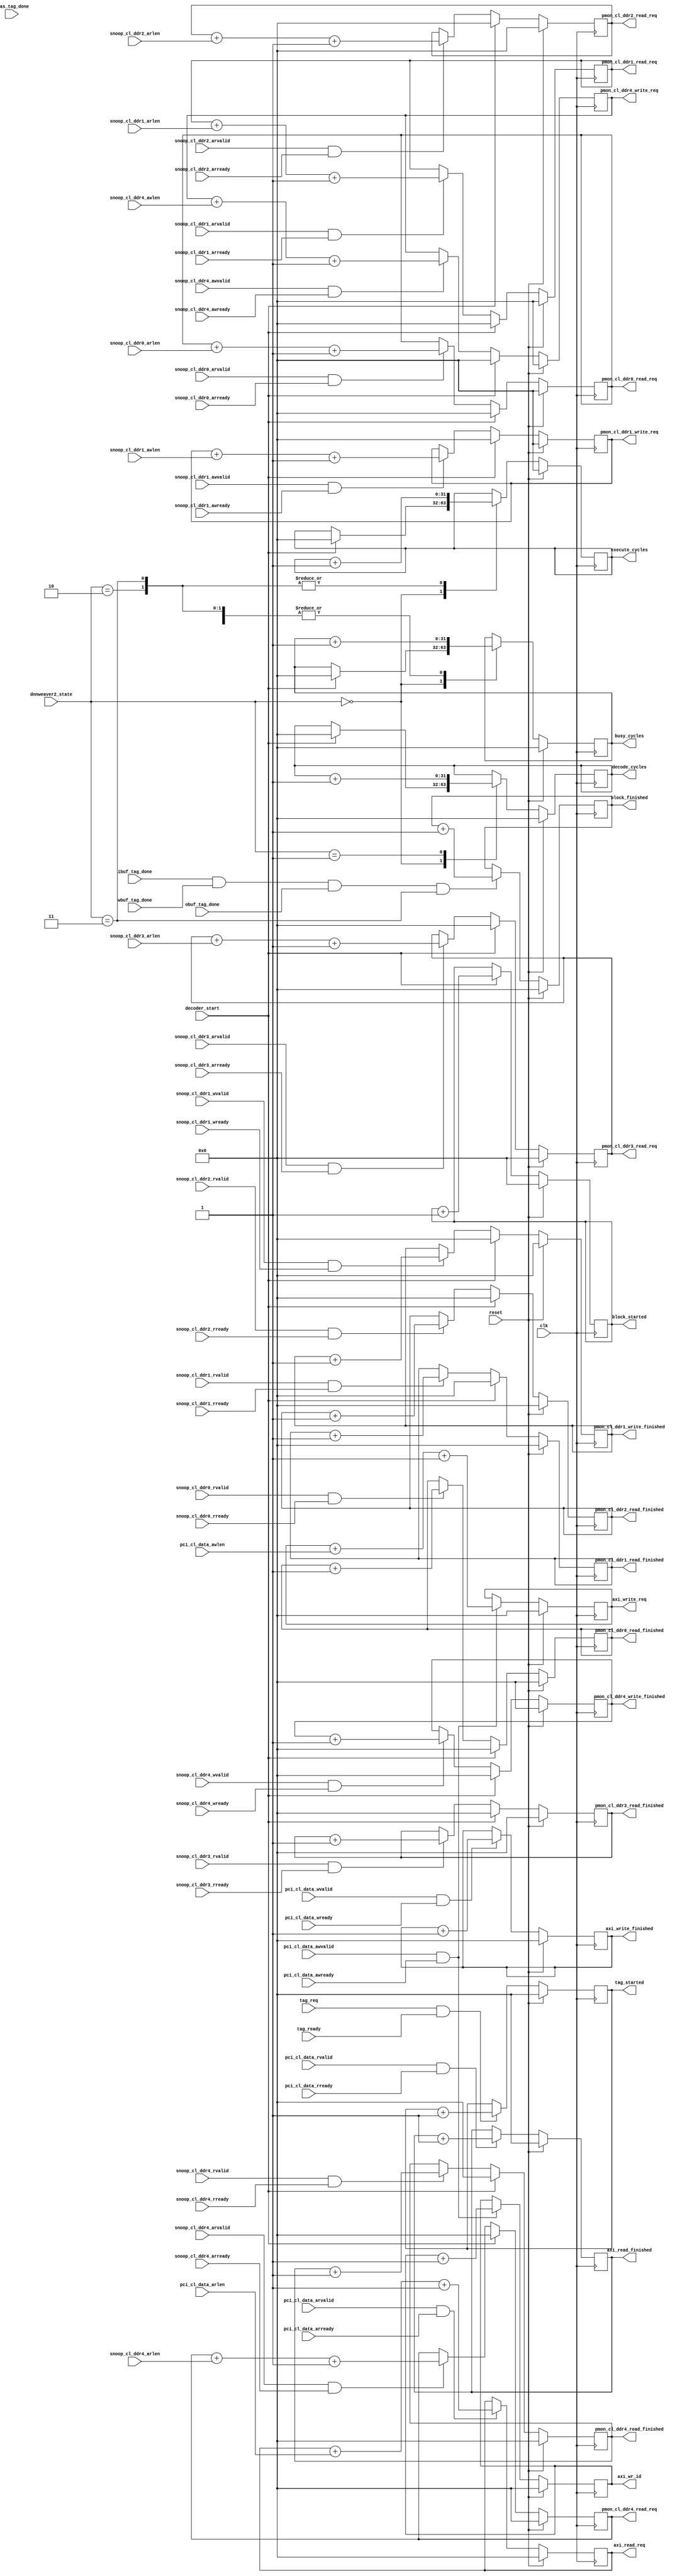
//
// DnnWeaver2 performance monitor
//
// Hardik Sharma
// (hsharma@gatech.edu)

`timescale 1ns/1ps
module performance_monitor #(
    parameter integer  STATS_WIDTH                  = 32,
    parameter integer  INST_BURST_WIDTH             = 8,
    parameter integer  AXI_BURST_WIDTH              = 8
) (
    input  wire                                         clk,
    input  wire                                         reset,
    input  wire  [ 3                    -1 : 0 ]        dnnweaver2_state,

    input  wire                                         tag_req,
    input  wire                                         tag_ready,

    input  wire                                         ibuf_tag_done,
    input  wire                                         wbuf_tag_done,
    input  wire                                         obuf_tag_done,
    input  wire                                         bias_tag_done,

    input  wire                                         decoder_start,

    input  wire                                         pci_cl_data_awvalid,
    input  wire  [ INST_BURST_WIDTH     -1 : 0 ]        pci_cl_data_awlen,
    input  wire                                         pci_cl_data_awready,
    input  wire                                         pci_cl_data_arvalid,
    input  wire  [ INST_BURST_WIDTH     -1 : 0 ]        pci_cl_data_arlen,
    input  wire                                         pci_cl_data_arready,
    input  wire                                         pci_cl_data_wvalid,
    input  wire                                         pci_cl_data_wready,
    input  wire                                         pci_cl_data_rvalid,
    input  wire                                         pci_cl_data_rready,

    output wire  [ STATS_WIDTH          -1 : 0 ]        decode_cycles,
    output wire  [ STATS_WIDTH          -1 : 0 ]        execute_cycles,
    output wire  [ STATS_WIDTH          -1 : 0 ]        busy_cycles,

    output wire  [ STATS_WIDTH          -1 : 0 ]        tag_started,
    output wire  [ STATS_WIDTH          -1 : 0 ]        block_started,
    output wire  [ STATS_WIDTH          -1 : 0 ]        block_finished,

    output wire  [ STATS_WIDTH          -1 : 0 ]        axi_wr_id,
    output wire  [ STATS_WIDTH          -1 : 0 ]        axi_write_req,
    output wire  [ STATS_WIDTH          -1 : 0 ]        axi_write_finished,
    output wire  [ STATS_WIDTH          -1 : 0 ]        axi_read_req,
    output wire  [ STATS_WIDTH          -1 : 0 ]        axi_read_finished,

  // Snoop CL DDR0
    // AR channel
    input  wire                                         snoop_cl_ddr0_arvalid,
    input  wire                                         snoop_cl_ddr0_arready,
    input  wire  [ AXI_BURST_WIDTH      -1 : 0 ]        snoop_cl_ddr0_arlen,
    // R channel
    input  wire                                         snoop_cl_ddr0_rvalid,
    input  wire                                         snoop_cl_ddr0_rready,

  // Snoop CL DDR1
    // AW channel
    input  wire                                         snoop_cl_ddr1_awvalid,
    input  wire                                         snoop_cl_ddr1_awready,
    input  wire  [ AXI_BURST_WIDTH      -1 : 0 ]        snoop_cl_ddr1_awlen,
    // AR channel
    input  wire                                         snoop_cl_ddr1_arvalid,
    input  wire                                         snoop_cl_ddr1_arready,
    input  wire  [ AXI_BURST_WIDTH      -1 : 0 ]        snoop_cl_ddr1_arlen,
    // W channel
    input  wire                                         snoop_cl_ddr1_wvalid,
    input  wire                                         snoop_cl_ddr1_wready,
    // R channel
    input  wire                                         snoop_cl_ddr1_rvalid,
    input  wire                                         snoop_cl_ddr1_rready,

  // Snoop CL DDR2
    // AR channel
    input  wire                                         snoop_cl_ddr2_arvalid,
    input  wire                                         snoop_cl_ddr2_arready,
    input  wire  [ AXI_BURST_WIDTH      -1 : 0 ]        snoop_cl_ddr2_arlen,
    // R channel
    input  wire                                         snoop_cl_ddr2_rvalid,
    input  wire                                         snoop_cl_ddr2_rready,

  // Snoop CL DDR3
    // AR channel
    input  wire                                         snoop_cl_ddr3_arvalid,
    input  wire                                         snoop_cl_ddr3_arready,
    input  wire  [ AXI_BURST_WIDTH      -1 : 0 ]        snoop_cl_ddr3_arlen,
    // R channel
    input  wire                                         snoop_cl_ddr3_rvalid,
    input  wire                                         snoop_cl_ddr3_rready,

  // CL DDR Stats
    // CL DDR0 - IBUF
    output wire  [ STATS_WIDTH          -1 : 0 ]        pmon_cl_ddr0_read_req,
    output wire  [ STATS_WIDTH          -1 : 0 ]        pmon_cl_ddr0_read_finished,
    // CL DDR1 - OBUF
    output wire  [ STATS_WIDTH          -1 : 0 ]        pmon_cl_ddr1_write_req,
    output wire  [ STATS_WIDTH          -1 : 0 ]        pmon_cl_ddr1_write_finished,
    output wire  [ STATS_WIDTH          -1 : 0 ]        pmon_cl_ddr1_read_req,
    output wire  [ STATS_WIDTH          -1 : 0 ]        pmon_cl_ddr1_read_finished,
    // CL DDR1 - WBUF
    output wire  [ STATS_WIDTH          -1 : 0 ]        pmon_cl_ddr2_read_req,
    output wire  [ STATS_WIDTH          -1 : 0 ]        pmon_cl_ddr2_read_finished,
    // CL DDR1 - BIAS
    output wire  [ STATS_WIDTH          -1 : 0 ]        pmon_cl_ddr3_read_req,
    output wire  [ STATS_WIDTH          -1 : 0 ]        pmon_cl_ddr3_read_finished,
    // CL DDR1 - OBUF
    output wire  [ STATS_WIDTH          -1 : 0 ]        pmon_cl_ddr4_write_req,
    output wire  [ STATS_WIDTH          -1 : 0 ]        pmon_cl_ddr4_write_finished,
    output wire  [ STATS_WIDTH          -1 : 0 ]        pmon_cl_ddr4_read_req,
    output wire  [ STATS_WIDTH          -1 : 0 ]        pmon_cl_ddr4_read_finished,

  // Snoop CL DDR4
    // AW channel
    input  wire                                         snoop_cl_ddr4_awvalid,
    input  wire                                         snoop_cl_ddr4_awready,
    input  wire  [ AXI_BURST_WIDTH      -1 : 0 ]        snoop_cl_ddr4_awlen,
    // AR channel
    input  wire                                         snoop_cl_ddr4_arvalid,
    input  wire                                         snoop_cl_ddr4_arready,
    input  wire  [ AXI_BURST_WIDTH      -1 : 0 ]        snoop_cl_ddr4_arlen,
    // W channel
    input  wire                                         snoop_cl_ddr4_wvalid,
    input  wire                                         snoop_cl_ddr4_wready,
    // R channel
    input  wire                                         snoop_cl_ddr4_rvalid,
    input  wire                                         snoop_cl_ddr4_rready

  );

//=============================================================
// Localparam
//=============================================================
  // dnnweaver2 controller state
    localparam integer  IDLE                         = 0;
    localparam integer  DECODE                       = 1;
    localparam integer  BASE_LOOP                    = 2;
    localparam integer  MEM_WAIT                     = 3;
//=============================================================

//=============================================================
// Wires/Regs
//=============================================================
    reg  [ STATS_WIDTH          -1 : 0 ]        decode_cycles_d;
    reg  [ STATS_WIDTH          -1 : 0 ]        decode_cycles_q;
    reg  [ STATS_WIDTH          -1 : 0 ]        execute_cycles_d;
    reg  [ STATS_WIDTH          -1 : 0 ]        execute_cycles_q;
    reg  [ STATS_WIDTH          -1 : 0 ]        busy_cycles_d;
    reg  [ STATS_WIDTH          -1 : 0 ]        busy_cycles_q;

    reg  [ STATS_WIDTH          -1 : 0 ]        _tag_started;
    reg  [ STATS_WIDTH          -1 : 0 ]        _block_started;
    reg  [ STATS_WIDTH          -1 : 0 ]        _block_finished;

    reg  [ STATS_WIDTH          -1 : 0 ]        _axi_wr_id;
    reg  [ STATS_WIDTH          -1 : 0 ]        _axi_write_req;
    reg  [ STATS_WIDTH          -1 : 0 ]        _axi_write_finished;
    reg  [ STATS_WIDTH          -1 : 0 ]        _axi_read_req;
    reg  [ STATS_WIDTH          -1 : 0 ]        _axi_read_finished;

    reg  [ STATS_WIDTH          -1 : 0 ]        _cl_ddr0_read_req;
    reg  [ STATS_WIDTH          -1 : 0 ]        _cl_ddr0_read_finished;

    reg  [ STATS_WIDTH          -1 : 0 ]        _cl_ddr1_write_req;
    reg  [ STATS_WIDTH          -1 : 0 ]        _cl_ddr1_write_finished;
    reg  [ STATS_WIDTH          -1 : 0 ]        _cl_ddr1_read_req;
    reg  [ STATS_WIDTH          -1 : 0 ]        _cl_ddr1_read_finished;

    reg  [ STATS_WIDTH          -1 : 0 ]        _cl_ddr2_read_req;
    reg  [ STATS_WIDTH          -1 : 0 ]        _cl_ddr2_read_finished;

    reg  [ STATS_WIDTH          -1 : 0 ]        _cl_ddr3_read_req;
    reg  [ STATS_WIDTH          -1 : 0 ]        _cl_ddr3_read_finished;

    reg  [ STATS_WIDTH          -1 : 0 ]        _cl_ddr4_write_req;
    reg  [ STATS_WIDTH          -1 : 0 ]        _cl_ddr4_write_finished;
    reg  [ STATS_WIDTH          -1 : 0 ]        _cl_ddr4_read_req;
    reg  [ STATS_WIDTH          -1 : 0 ]        _cl_ddr4_read_finished;

//=============================================================

//=============================================================
// Performance stats
//=============================================================
  always @(posedge clk)
  begin
    if (reset) begin
      busy_cycles_q <= 0;
      decode_cycles_q <= 0;
      execute_cycles_q <= 0;
    end
    else begin
      busy_cycles_q <= busy_cycles_d;
      decode_cycles_q <= decode_cycles_d;
      execute_cycles_q <= execute_cycles_d;
    end
  end

  always @(*)
  begin
    busy_cycles_d = busy_cycles_q;
    decode_cycles_d = decode_cycles_q;
    execute_cycles_d = execute_cycles_q;
    case(dnnweaver2_state)
      IDLE: begin
        if (decoder_start) begin
          busy_cycles_d = 0;
          decode_cycles_d = 0;
          execute_cycles_d = 0;
        end
      end
      DECODE: begin
        busy_cycles_d = busy_cycles_q + 1'b1;
        decode_cycles_d = decode_cycles_q + 1'b1;
      end
      BASE_LOOP: begin
        execute_cycles_d = execute_cycles_q + 1'b1;
        busy_cycles_d = busy_cycles_q + 1'b1;
      end
      MEM_WAIT: begin
        execute_cycles_d = execute_cycles_q + 1'b1;
        busy_cycles_d = busy_cycles_q + 1'b1;
      end
    endcase
  end

  always @(posedge clk)
  begin
    if (reset) begin
      _axi_write_req <= 0;
      _axi_write_finished <= 0;
      _axi_read_req <= 0;
      _axi_read_finished <= 0;
    end else begin
      if (pci_cl_data_awvalid && pci_cl_data_awready)
        _axi_write_req <= _axi_write_req + pci_cl_data_awlen + 1'b1;
      if (pci_cl_data_wvalid && pci_cl_data_wready)
        _axi_write_finished <= _axi_write_finished + 1'b1;
      if (pci_cl_data_arvalid && pci_cl_data_arready)
        _axi_read_req <= _axi_read_req + pci_cl_data_arlen + 1'b1;
      if (pci_cl_data_rvalid && pci_cl_data_rready)
        _axi_read_finished <= _axi_read_finished + 1'b1;
    end
  end

  always @(posedge clk)
  begin
    if (reset) begin
      _block_started <= 0;
      _block_finished <= 0;
      _tag_started <= 0;
    end else begin
      if (decoder_start)
        _block_started <= _block_started + 1'b1;
      if (ibuf_tag_done && wbuf_tag_done && obuf_tag_done && dnnweaver2_state == MEM_WAIT)
        _block_finished <= _block_finished + 1'b1;
      if (tag_req && tag_ready)
        _tag_started <= _tag_started + 1'b1;
    end
  end

  always @(posedge clk)
  begin
    if (reset) begin
      _axi_wr_id <= 0;
    end else if (pci_cl_data_awvalid && pci_cl_data_awready) begin
      _axi_wr_id <= _axi_wr_id + 1'b1;
    end
  end
//=============================================================

//=============================================================
// CL DDR Snoop
//=============================================================
  always @(posedge clk)
  begin
    if (reset) begin
      _cl_ddr0_read_req <= 0;
      _cl_ddr0_read_finished <= 0;
    end else begin
      if (decoder_start) begin
        _cl_ddr0_read_req <= 0;
        _cl_ddr0_read_finished <= 0;
      end else begin
        if (snoop_cl_ddr0_arvalid && snoop_cl_ddr0_arready)
          _cl_ddr0_read_req <= _cl_ddr0_read_req + snoop_cl_ddr0_arlen + 1'b1;
        if (snoop_cl_ddr0_rvalid && snoop_cl_ddr0_rready)
          _cl_ddr0_read_finished <= _cl_ddr0_read_finished + 1'b1;
      end
    end
  end

  always @(posedge clk)
  begin
    if (reset) begin
      _cl_ddr1_write_req <= 0;
      _cl_ddr1_write_finished <= 0;
      _cl_ddr1_read_req <= 0;
      _cl_ddr1_read_finished <= 0;
    end else begin
      if (decoder_start) begin
        _cl_ddr1_write_req <= 0;
        _cl_ddr1_write_finished <= 0;
        _cl_ddr1_read_req <= 0;
        _cl_ddr1_read_finished <= 0;
      end else begin
        if (snoop_cl_ddr1_awvalid && snoop_cl_ddr1_awready)
          _cl_ddr1_write_req <= _cl_ddr1_write_req + snoop_cl_ddr1_awlen + 1'b1;
        if (snoop_cl_ddr1_wvalid && snoop_cl_ddr1_wready)
          _cl_ddr1_write_finished <= _cl_ddr1_write_finished + 1'b1;
        if (snoop_cl_ddr1_arvalid && snoop_cl_ddr1_arready)
          _cl_ddr1_read_req <= _cl_ddr1_read_req + snoop_cl_ddr1_arlen + 1'b1;
        if (snoop_cl_ddr1_rvalid && snoop_cl_ddr1_rready)
          _cl_ddr1_read_finished <= _cl_ddr1_read_finished + 1'b1;
      end
    end
  end

  always @(posedge clk)
  begin
    if (reset) begin
      _cl_ddr2_read_req <= 0;
      _cl_ddr2_read_finished <= 0;
    end else begin
      if (decoder_start) begin
        _cl_ddr2_read_req <= 0;
        _cl_ddr2_read_finished <= 0;
      end else begin
        if (snoop_cl_ddr2_arvalid && snoop_cl_ddr2_arready)
          _cl_ddr2_read_req <= _cl_ddr2_read_req + snoop_cl_ddr2_arlen + 1'b1;
        if (snoop_cl_ddr2_rvalid && snoop_cl_ddr2_rready)
          _cl_ddr2_read_finished <= _cl_ddr2_read_finished + 1'b1;
      end
    end
  end

  always @(posedge clk)
  begin
    if (reset) begin
      _cl_ddr3_read_req <= 0;
      _cl_ddr3_read_finished <= 0;
    end else begin
      if (decoder_start) begin
        _cl_ddr3_read_req <= 0;
        _cl_ddr3_read_finished <= 0;
      end else begin
        if (snoop_cl_ddr3_arvalid && snoop_cl_ddr3_arready)
          _cl_ddr3_read_req <= _cl_ddr3_read_req + snoop_cl_ddr3_arlen + 1'b1;
        if (snoop_cl_ddr3_rvalid && snoop_cl_ddr3_rready)
          _cl_ddr3_read_finished <= _cl_ddr3_read_finished + 1'b1;
      end
    end
  end

  always @(posedge clk)
  begin
    if (reset) begin
      _cl_ddr4_write_req <= 0;
      _cl_ddr4_write_finished <= 0;
      _cl_ddr4_read_req <= 0;
      _cl_ddr4_read_finished <= 0;
    end else begin
      if (decoder_start) begin
        _cl_ddr4_write_req <= 0;
        _cl_ddr4_write_finished <= 0;
        _cl_ddr4_read_req <= 0;
        _cl_ddr4_read_finished <= 0;
      end else begin
        if (snoop_cl_ddr4_awvalid && snoop_cl_ddr4_awready)
          _cl_ddr4_write_req <= _cl_ddr4_write_req + snoop_cl_ddr4_awlen + 1'b1;
        if (snoop_cl_ddr4_wvalid && snoop_cl_ddr4_wready)
          _cl_ddr4_write_finished <= _cl_ddr4_write_finished + 1'b1;
        if (snoop_cl_ddr4_arvalid && snoop_cl_ddr4_arready)
          _cl_ddr4_read_req <= _cl_ddr4_read_req + snoop_cl_ddr4_arlen + 1'b1;
        if (snoop_cl_ddr4_rvalid && snoop_cl_ddr4_rready)
          _cl_ddr4_read_finished <= _cl_ddr4_read_finished + 1'b1;
      end
    end
  end
//=============================================================

//=============================================================
// Assigns
//=============================================================
    assign decode_cycles = decode_cycles_q;
    assign execute_cycles = execute_cycles_q;
    assign busy_cycles = busy_cycles_q;

    assign axi_wr_id = _axi_wr_id;
    assign axi_write_req = _axi_write_req;
    assign axi_write_finished = _axi_write_finished;
    assign axi_read_req = _axi_read_req;
    assign axi_read_finished = _axi_read_finished;

    assign tag_started = _tag_started;
    assign block_started = _block_started;
    assign block_finished = _block_finished;

    assign pmon_cl_ddr0_read_req = _cl_ddr0_read_req;
    assign pmon_cl_ddr0_read_finished = _cl_ddr0_read_finished;

    assign pmon_cl_ddr1_write_req = _cl_ddr1_write_req;
    assign pmon_cl_ddr1_write_finished = _cl_ddr1_write_finished;
    assign pmon_cl_ddr1_read_req = _cl_ddr1_read_req;
    assign pmon_cl_ddr1_read_finished = _cl_ddr1_read_finished;

    assign pmon_cl_ddr2_read_req = _cl_ddr2_read_req;
    assign pmon_cl_ddr2_read_finished = _cl_ddr2_read_finished;

    assign pmon_cl_ddr3_read_req = _cl_ddr3_read_req;
    assign pmon_cl_ddr3_read_finished = _cl_ddr3_read_finished;

    assign pmon_cl_ddr4_write_req = _cl_ddr4_write_req;
    assign pmon_cl_ddr4_write_finished = _cl_ddr4_write_finished;
    assign pmon_cl_ddr4_read_req = _cl_ddr4_read_req;
    assign pmon_cl_ddr4_read_finished = _cl_ddr4_read_finished;

//=============================================================

//=============================================================
// VCD
//=============================================================
  `ifdef COCOTB_TOPLEVEL_performance_monitor
  initial begin
    $dumpfile("performance_monitor.vcd");
    $dumpvars(0, performance_monitor);
  end
  `endif
//=============================================================

endmodule